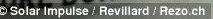
C Solar Impulse / Revillard / Rezo.ch